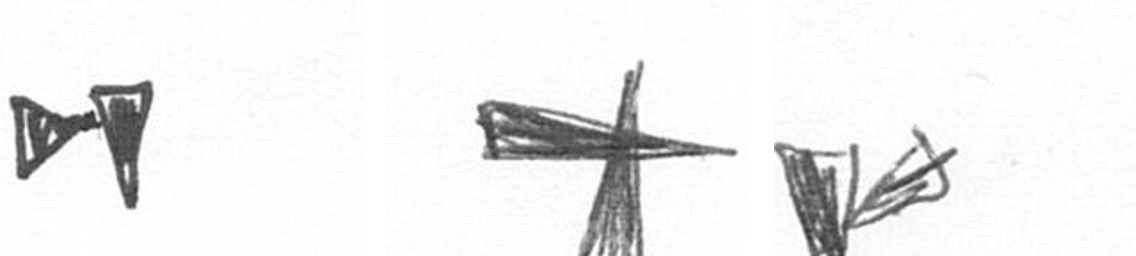
M G F